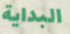
البداية